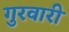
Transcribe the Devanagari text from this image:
गुरवारी